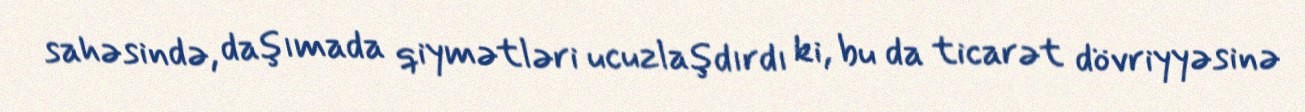
sahəsində, daşımada qiymətləri ucuzlaşdırdı ki, bu da ticarət dövriyyəsinə